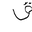
Letter: _qaf